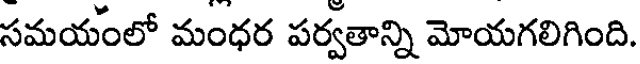
సమయంలో మంధర పర్వతాన్ని మోయగలిగింది.